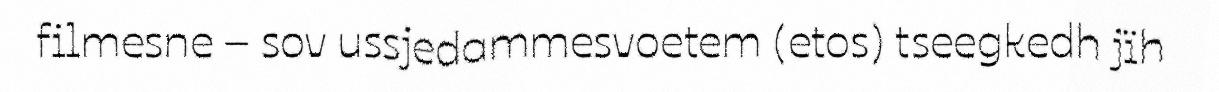
filmesne – sov ussjedammesvoetem (etos) tseegkedh jïh